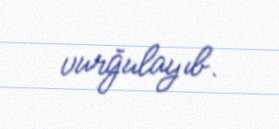
vurğulayıb.